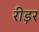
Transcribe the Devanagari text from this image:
रीड़र